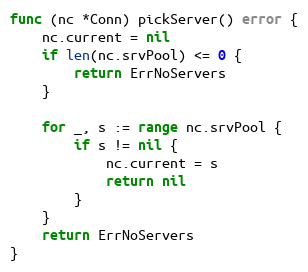
Language: Go
func (nc *Conn) pickServer() error {
	nc.current = nil
	if len(nc.srvPool) <= 0 {
		return ErrNoServers
	}

	for _, s := range nc.srvPool {
		if s != nil {
			nc.current = s
			return nil
		}
	}
	return ErrNoServers
}